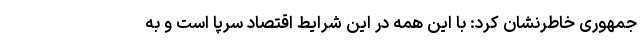
جمهوری خاطرنشان کرد: با این همه در این شرایط اقتصاد سرپا است و به